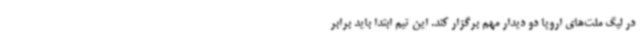
در لیگ ملت‌های اروپا دو دیدار مهم برگزار کند. این تیم ابتدا باید برابر